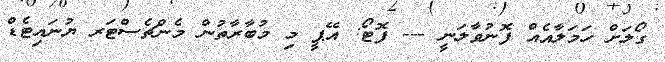
ގޯލަށް ހަމަލާއެއް ފޮނުވާލަނީ --- ފޮޓޯ: އޭޕީ މި މުބާރާތުން މެންޗެސްޓަރ ޔުނައިޓެޑް